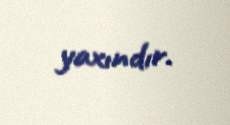
yaxındır.